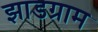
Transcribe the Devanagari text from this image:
झाडग्राम